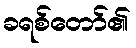
ခရစ်တော်၏